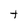
Character: t